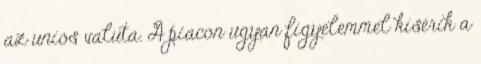
az uniós valuta. A piacon ugyan figyelemmel kísérik a